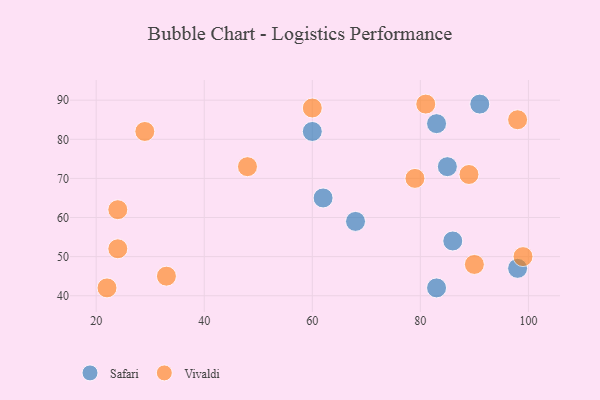
{"axis": {"x": "GDP", "y": "Life Expectancy"}, "legend": ["Safari", "Vivaldi"], "data": [{"x": "62", "y": 65, "type": "Safari"}, {"x": "85", "y": 73, "type": "Safari"}, {"x": "68", "y": 59, "type": "Safari"}, {"x": "60", "y": 82, "type": "Safari"}, {"x": "91", "y": 89, "type": "Safari"}, {"x": "83", "y": 84, "type": "Safari"}, {"x": "98", "y": 47, "type": "Safari"}, {"x": "83", "y": 42, "type": "Safari"}, {"x": "86", "y": 54, "type": "Safari"}, {"x": "22", "y": 42, "type": "Vivaldi"}, {"x": "99", "y": 50, "type": "Vivaldi"}, {"x": "90", "y": 48, "type": "Vivaldi"}, {"x": "60", "y": 88, "type": "Vivaldi"}, {"x": "98", "y": 85, "type": "Vivaldi"}, {"x": "29", "y": 82, "type": "Vivaldi"}, {"x": "79", "y": 70, "type": "Vivaldi"}, {"x": "24", "y": 62, "type": "Vivaldi"}, {"x": "89", "y": 71, "type": "Vivaldi"}, {"x": "81", "y": 89, "type": "Vivaldi"}, {"x": "48", "y": 73, "type": "Vivaldi"}, {"x": "33", "y": 45, "type": "Vivaldi"}, {"x": "24", "y": 52, "type": "Vivaldi"}]}